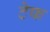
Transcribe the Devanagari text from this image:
टेफ